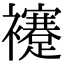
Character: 䙭